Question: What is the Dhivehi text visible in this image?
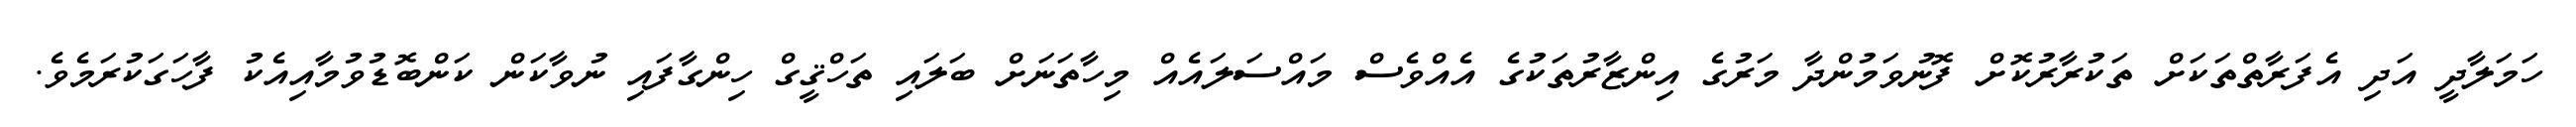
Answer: ހަމަލާދީ އަދި އެފަރާތްތަކަށް ތަކުރާރުކޮށް ފޮނުވަމުންދާ މަރުގެ އިންޒާރުތަކުގެ އެއްވެސް މައްސަލައެއް މިހާތަނަށް ބަލައި ތަހްޤީގް ހިންގާފައި ނުވާކަން ކަންބޮޑުވުމާއިއެކު ފާހަގަކުރަމެވެ.